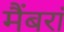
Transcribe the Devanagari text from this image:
मैंबरां